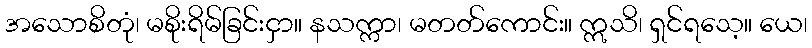
အသောစိတုံ၊ မစိုးရိမ်ခြင်းငှာ။ နသက္ကာ၊ မတတ်ကောင်း။ ဣသိ၊ ရှင်ရသေ့။ ယေ၊